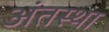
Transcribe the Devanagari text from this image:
अंंतस्था